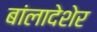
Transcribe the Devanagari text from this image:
बांलादेशेर